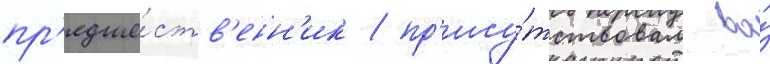
пр'едше́ств'енн'ик / пр'ису́тствовал во́